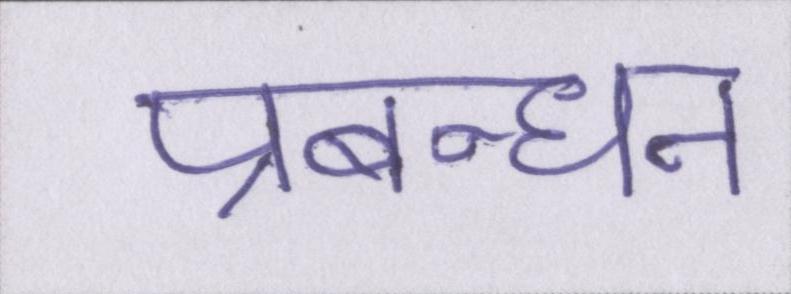
प्रबन्धन